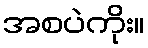
အစပဲကိုး။